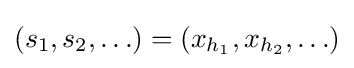
\left(s_{1},s_{2},\ldots \right)=\left(x_{h_{1}},x_{h_{2}},\ldots \right)